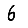
Digit: 6